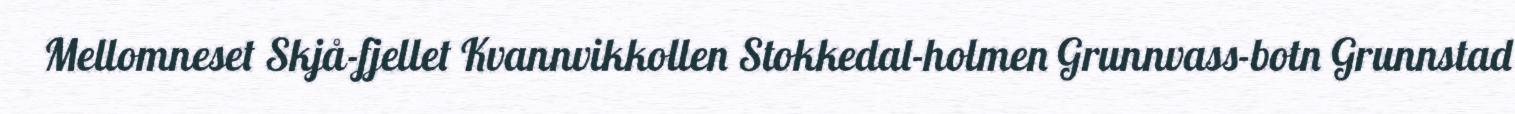
Mellomneset Skjå-fjellet Kvannvikkollen Stokkedal-holmen Grunnvass-botn Grunnstad